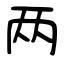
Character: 两